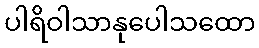
ပါရိဝါသာနုပေါသထော